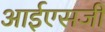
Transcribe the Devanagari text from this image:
आईएसजी